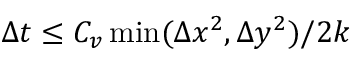
\Delta t \le { C _ { v } \operatorname* { m i n } ( \Delta x ^ { 2 } , \Delta y ^ { 2 } ) } / { 2 k }